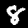
Digit: 8